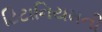
ટિટાનિયમની